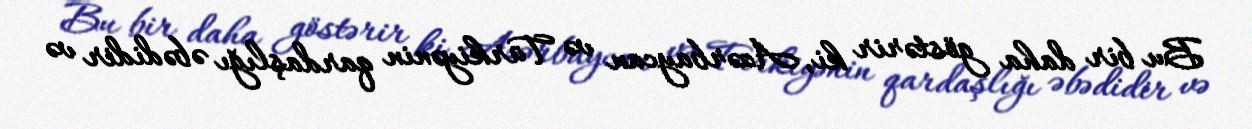
Bu bir daha göstərir ki, Azərbaycan və Türkiyənin qardaşlığı əbədidir və